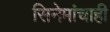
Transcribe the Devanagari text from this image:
सिनेमांचाही